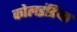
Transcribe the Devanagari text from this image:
कोलइंडिया